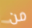
من